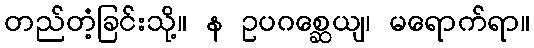
တည်တံ့ခြင်းသို့။ န ဥပဂစ္ဆေယျ၊ မရောက်ရာ။